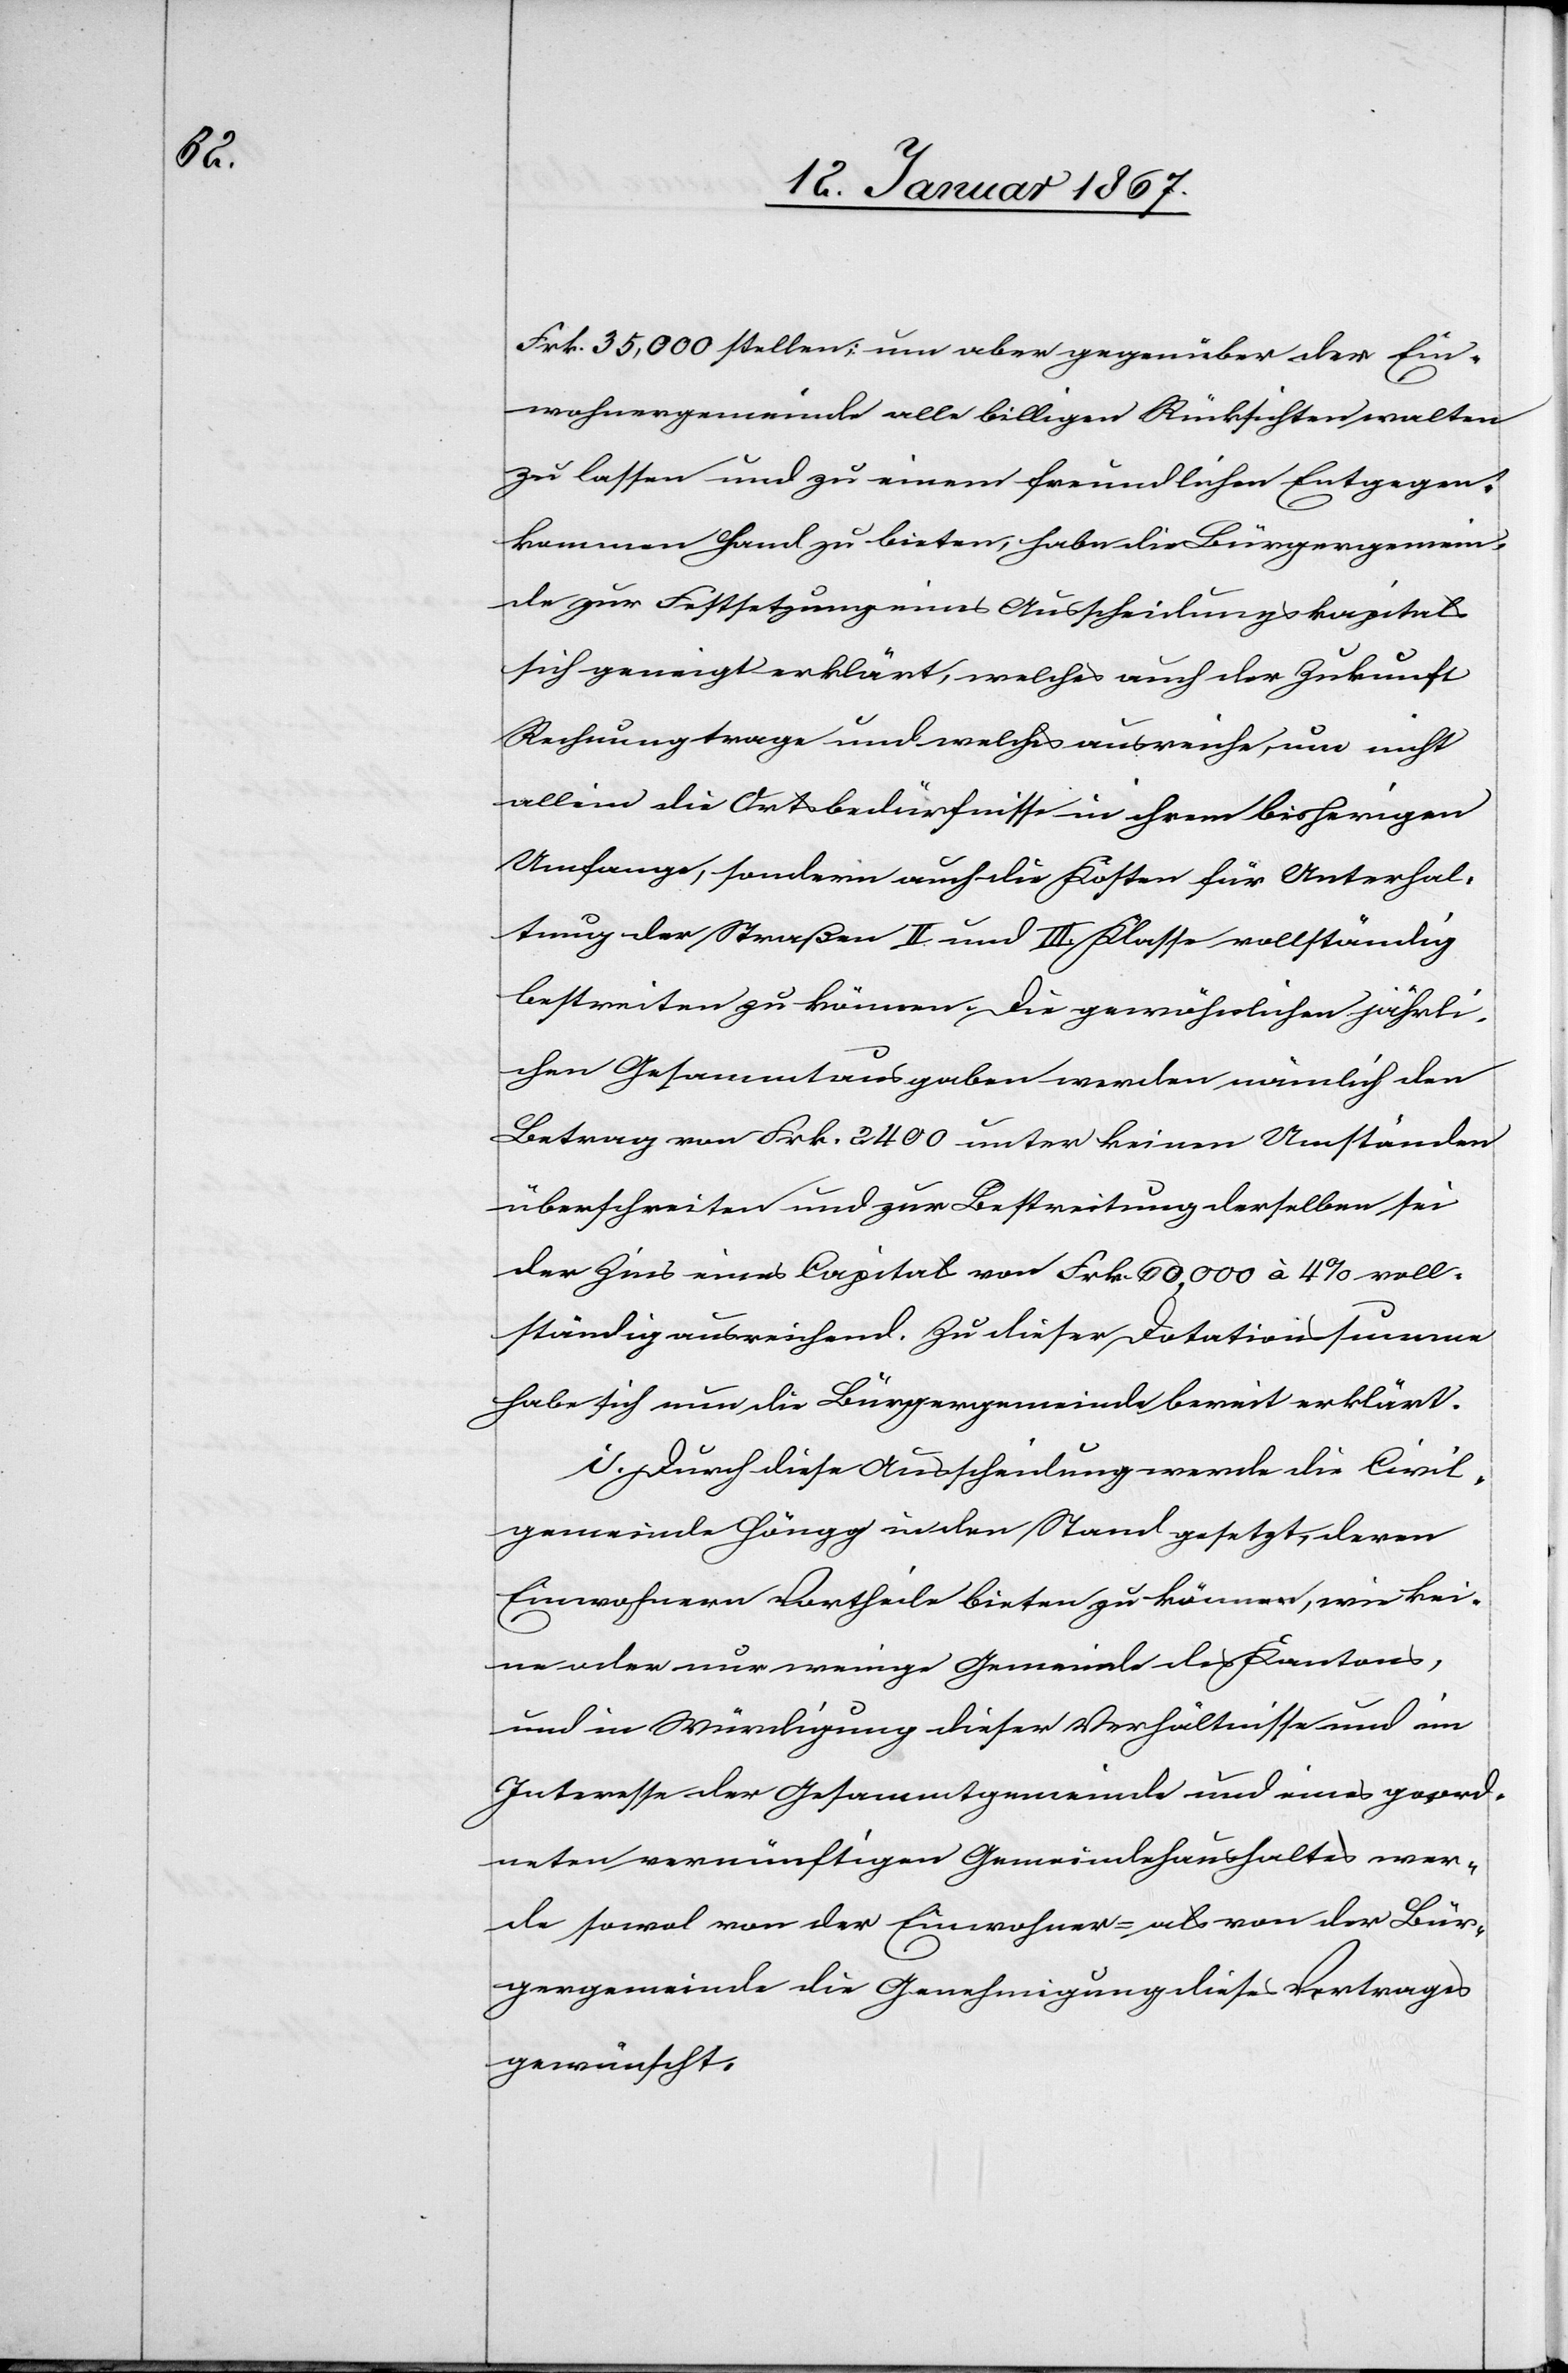
Frk. 35,000 stellen; um aber gegenüber der Ein¬
wohnergemeinde alle billigen Rücksichten walten
zu lassen und zu einem freundlichen Entgegen¬
kommen Hand zu bieten, habe die Bürgergemein¬
de zur Festsetzung eines Ausscheidungskapitals
sich geneigt erklärt, welches auch der Zukunft
Rechnung trage und welches ausreiche, um nicht
allein die Ortsbedürfnisse in ihrem bisherigen
Umfange, sondern auch die Kosten für Unterhal¬
tung der Straßen II. und III. Klasse vollständig
bestreiten zu können. Die gewöhnlichen jährli¬
chen Gesammtausgaben werden nämlich den
Betrag von Frk. 2400 unter keinen Umständen
überschreiten und zur Bestreitung derselben sei
der Zins eines Capital von Frk. 60,000 à 4% voll¬
ständig ausreichend. Zu dieser Dotationssumme
habe sich nun die Bürgergemeinde bereit erklärt.
i. Durch diese Ausscheidung werde die Civil¬
gemeinde Höngg in den Stand gesetzt, deren
Einwohnern Vortheile bieten zu können, wie kei¬
ne oder nur wenige Gemeinde[n] des Kantons,
und in Würdigung dieser Verhältnisse und im
Interesse der Gesammtgemeinde und eines geord¬
neten vernünftigen Gemeindehaushaltes wer¬
de sowol von der Einwohner- als von der Bür¬
gergemeinde die Genehmigung dieses Vertrages
gewünscht.